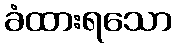
ခံထားရသော